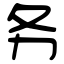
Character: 务